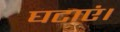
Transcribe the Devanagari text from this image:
घटाएं।